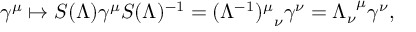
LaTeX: \gamma ^ { \mu } \mapsto S ( \Lambda ) \gamma ^ { \mu } S ( \Lambda ) ^ { - 1 } = { ( \Lambda ^ { - 1 } ) ^ { \mu } } _ { \nu } \gamma ^ { \nu } = { \Lambda _ { \nu } } ^ { \mu } \gamma ^ { \nu } ,